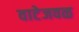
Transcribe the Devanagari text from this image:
वाटेजवळ